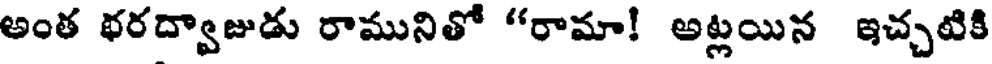
అంత థరద్వాజుడు రామునితో "రామా! అట్లయిన ఇచ్చటికి